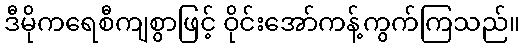
ဒီမိုကရေစီကျစွာဖြင့် ဝိုင်းအော်ကန့်ကွက်ကြသည်။